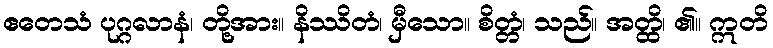
ဧတေသံ ပုဂ္ဂလာနံ၊ တို့အား။ နိဿိတံ၊ မှီသော။ စိတ္တံ၊ သည်။ အတ္ထိ၊ ၏။ ဣတိ